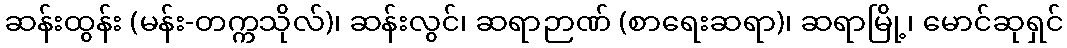
ဆန်းထွန်း (မန်း-တက္ကသိုလ်)၊ ဆန်းလွင်၊ ဆရာဉာဏ် (စာရေးဆရာ)၊ ဆရာမြို့၊ မောင်ဆုရှင်